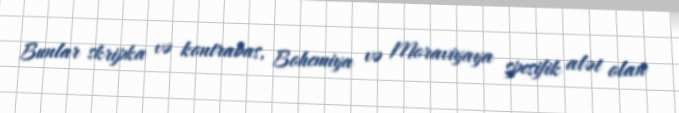
Bunlar skripka və kontrabas, Bohemiya və Moraviyaya spesifik alət olan